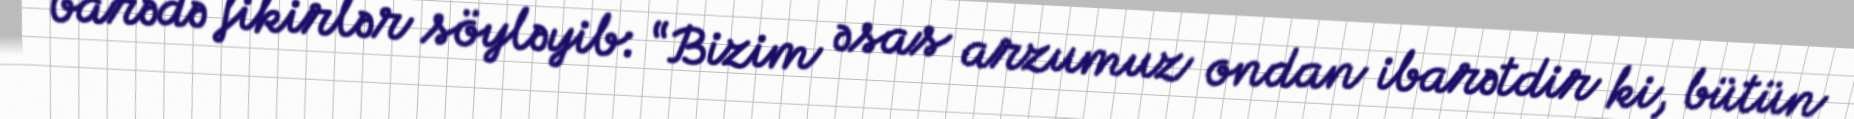
barədə fikirlər söyləyib: “Bizim əsas arzumuz ondan ibarətdir ki, bütün